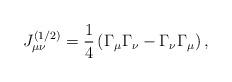
LaTeX: \begin{align*}J_{\mu \nu }^{(1/2)}=\frac 14\left( \Gamma _\mu \Gamma _\nu-\Gamma _\nu \Gamma _\mu \right) , \end{align*}